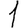
Digit: 1